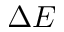
\Delta E